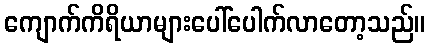
ကျောက်ကိရိယာများပေါ်ပေါက်လာတော့သည်။